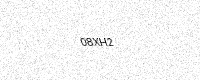
Text: 08XH2